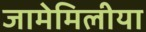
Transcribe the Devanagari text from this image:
जामेमिलीया